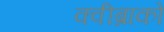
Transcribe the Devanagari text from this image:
क्वीब्राको